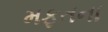
મફતના